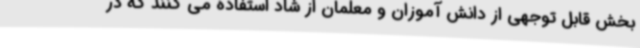
بخش قابل توجهی از دانش آموزان و معلمان از شاد استفاده می کنند که در